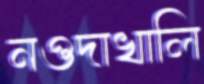
নওদাখালি